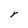
Character: Y